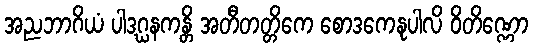
အညဘာဂိယံ ပါဒဂ္ဃနကန္တိ အတီတတ္တိကေ စောဒကေနုပါလိ ဝိတိဏ္ဏော